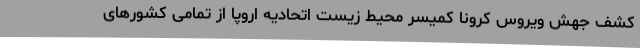
کشف جهش ویروس کرونا کمیسر محیط زیست اتحادیه اروپا از تمامی کشورهای